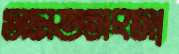
সমতসংসা